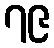
၇၉